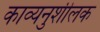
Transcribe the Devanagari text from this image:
काव्यनुशीलक